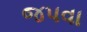
જપવા